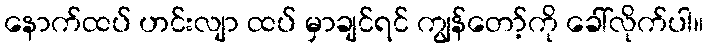
နောက်ထပ် ဟင်းလျာ ထပ် မှာချင်ရင် ကျွန်တော့်ကို ခေါ်လိုက်ပါ။